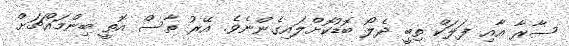
ސާރާ އާއި ފަލަކް ތިބީ ދެލޯ ބޮޑުކޮށްލައިގެންނެވެ. އޭރު ތާސް އޮތީ ބިންމައްޗަށް